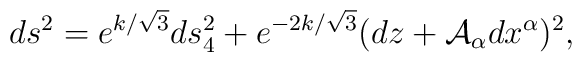
ds^{2}=e^{k/\sqrt{3}}ds_{4}^{2}+e^{-2k/\sqrt{3}}(dz + {\cal A}_{\alpha}dx^{\alpha })^{2},